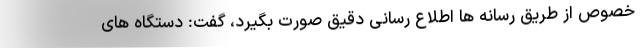
خصوص از طریق رسانه ها اطلاع رسانی دقیق صورت بگیرد، گفت: دستگاه های